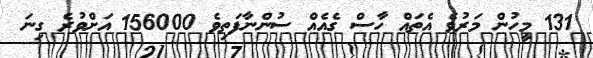
131 މީހުން މަރުވެ އެތައް ހާސް ގެއެއް ސުންނާފަތިވެ 156000 އަށްވުރެ ގިނަ